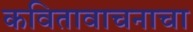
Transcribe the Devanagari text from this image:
कवितावाचनाचा